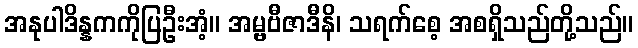
အနုပါဒိန္နကကိုပြဦးအံ့။ အမ္ဗဗီဇာဒီနိ၊ သရက်စေ့ အစရှိသည်တို့သည်။